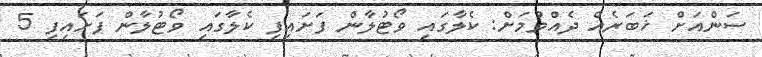
ސަންއަށް ޚަބަރެއް ދެއްވުމަށް: ކެލާގައި ވޯޓުލާން ފަށައިފި ކެލާގައި ވޯޓުލާން ފަށައިފި 5